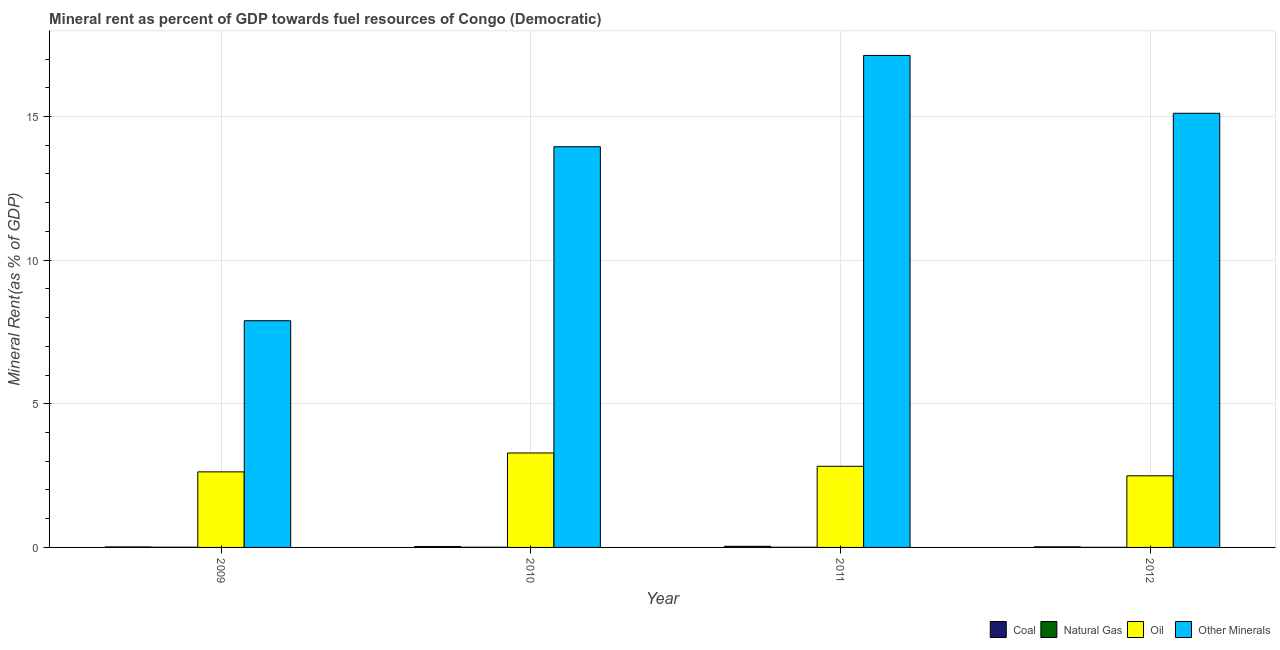
| Year | Coal | Natural Gas | Oil | Other Minerals |
 | --- | --- | --- | --- | --- |
 | 2009 | 0.0171 | 0.00736 | 2.63 | 7.89 |
 | 2010 | 0.0306 | 0.00616 | 3.29 | 13.9 |
 | 2011 | 0.0403 | 0.00587 | 2.82 | 17.1 |
 | 2012 | 0.0209 | 0.0044 | 2.49 | 15.1 |